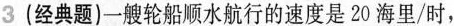
3(经典题)一艘轮船顺水航行的速度是20海里/时，